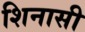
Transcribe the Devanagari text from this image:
शिनासी